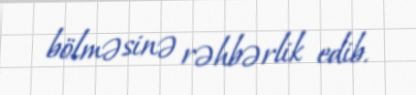
bölməsinə rəhbərlik edib.